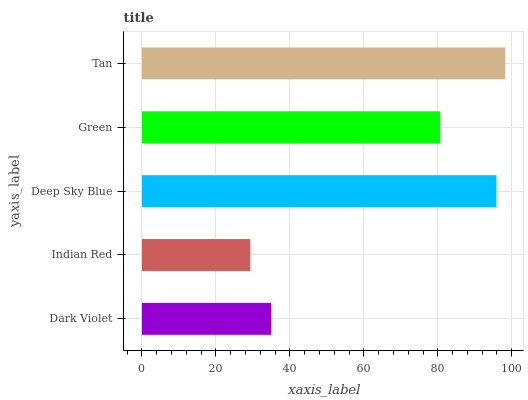
| yaxis_label | bars |
 | --- | --- |
 | Dark Violet | 34.9 |
 | Indian Red | 29.3 |
 | Deep Sky Blue | 95.9 |
 | Green | 80.6 |
 | Tan | 98.3 |